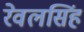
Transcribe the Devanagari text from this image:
रेवलसिंह